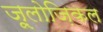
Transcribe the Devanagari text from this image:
ज़ूलोज़िकल